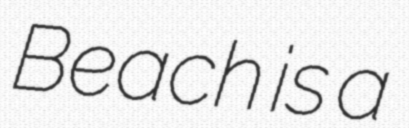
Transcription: Beach is a